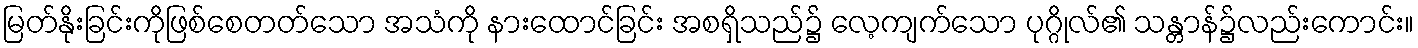
မြတ်နိုးခြင်းကိုဖြစ်စေတတ်သော အသံကို နားထောင်ခြင်း အစရှိသည်၌ လေ့ကျက်သော ပုဂ္ဂိုလ်၏ သန္တာန်၌လည်းကောင်း။